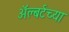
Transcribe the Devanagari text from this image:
ॲल्बर्टच्या